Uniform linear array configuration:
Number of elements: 24
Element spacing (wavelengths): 0.5
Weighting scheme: exponential
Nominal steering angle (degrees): -30
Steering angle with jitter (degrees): -30.693
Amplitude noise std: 0.05
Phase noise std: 0.05

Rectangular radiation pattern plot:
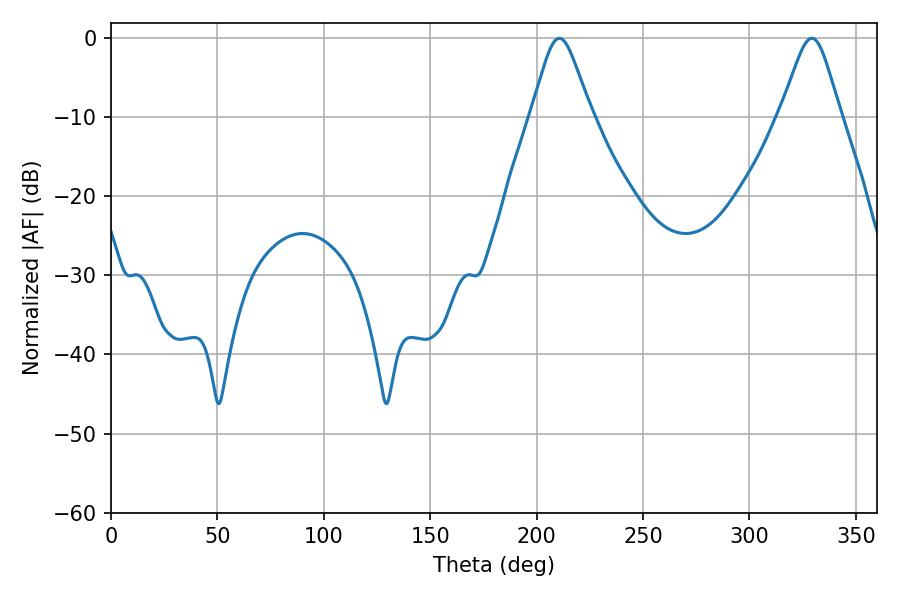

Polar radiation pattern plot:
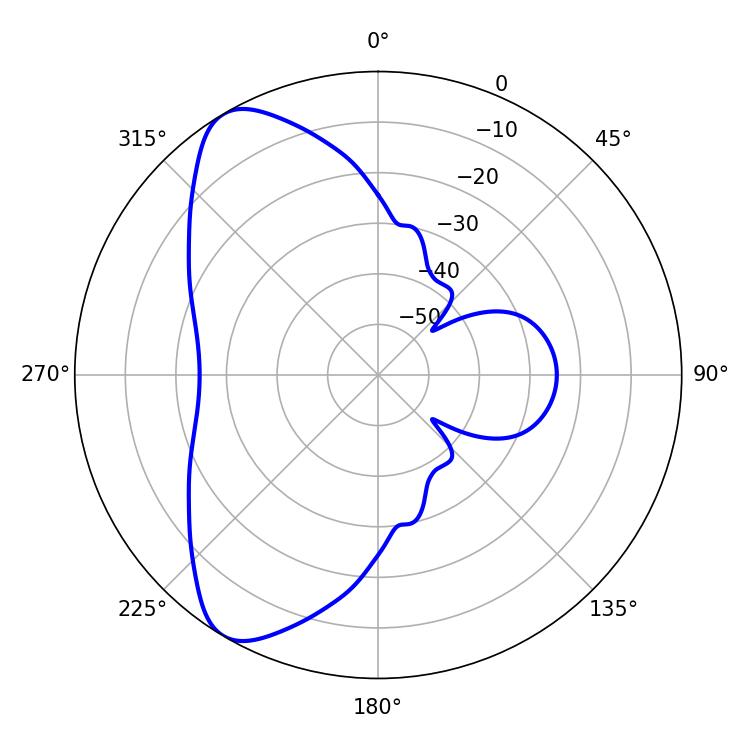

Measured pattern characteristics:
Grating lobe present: FALSE
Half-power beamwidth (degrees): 13.5
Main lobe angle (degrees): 210.6